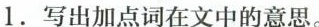
1.写出加点词在文中的意思。